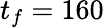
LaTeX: t_{f}=160